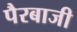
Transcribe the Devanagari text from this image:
पैरबाजी